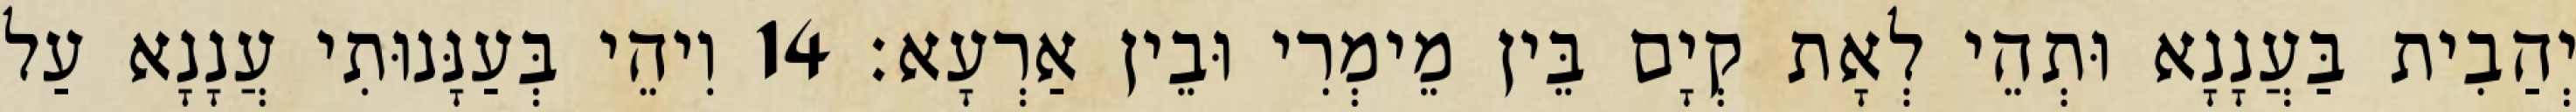
יְהַבִית בַּעֲנָנָא וּתְהֵי לְאָת קְיָם בֵּין מֵימְרִי וּבֵין אַרְעָא׃ 14 וִיהֵי בְּעַנָּנוּתִי עֲנָנָא עַל